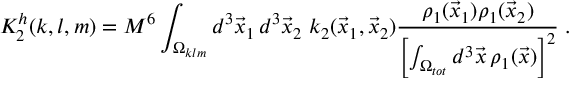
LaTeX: K _ { 2 } ^ { h } ( k , l , m ) = M ^ { 6 } \int _ { \Omega _ { k l m } } d ^ { 3 } \vec { x } _ { 1 } \, d ^ { 3 } \vec { x } _ { 2 } \; k _ { 2 } ( \vec { x } _ { 1 } , \vec { x } _ { 2 } ) { \frac { \rho _ { 1 } ( \vec { x } _ { 1 } ) \rho _ { 1 } ( \vec { x } _ { 2 } ) } { \left[ \int _ { \Omega _ { t o t } } d ^ { 3 } \vec { x } \, \rho _ { 1 } ( \vec { x } ) \right] ^ { 2 } } } \; .